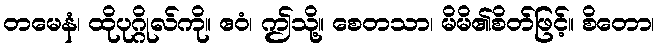
တမေနံ၊ ထိုပုဂ္ဂိုလ်ကို။ ဧဝံ၊ ဤသို့။ စေတသာ၊ မိမိ၏စိတ်ဖြင့်။ စိတော၊